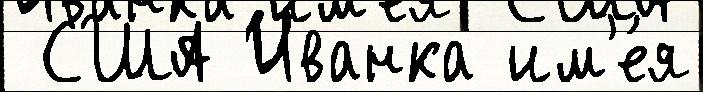
 США Иванка им'е́я